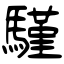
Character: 騹